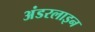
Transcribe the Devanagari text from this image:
अंडरलाइन